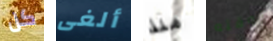
كل ألغى منذ بوقته